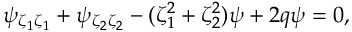
\psi _ { \zeta _ { 1 } \zeta _ { 1 } } + \psi _ { \zeta _ { 2 } \zeta _ { 2 } } - ( \zeta _ { 1 } ^ { 2 } + \zeta _ { 2 } ^ { 2 } ) \psi + 2 q \psi = 0 ,